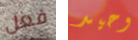
فعل وحيد